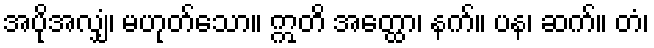
အပိုအလျှံ၊ မဟုတ်သော။ ဣတိ အတ္ထော၊ နက်။ ပန၊ ဆက်။ တံ၊